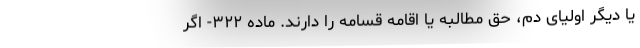
یا دیگر اولیای دم، حق مطالبه یا اقامه قسامه را دارند. ماده ۳۲۲- اگر